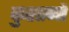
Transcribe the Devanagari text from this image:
कुशाणों